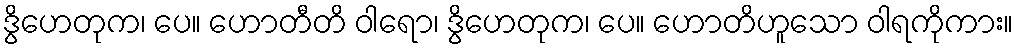
ဒွိဟေတုက၊ ပေ။ ဟောတီတိ ဝါရော၊ ဒွိဟေတုက၊ ပေ။ ဟောတိဟူသော ဝါရကိုကား။